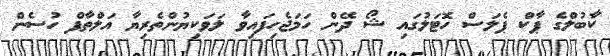
ކާބުލްގެ ޕާކް ޕެލަސް ހޮޓަލުގައި ޝޯ ދޭން ހަމަޖެހިފައިވާ ލަަވަކިޔުންތެރިޔާ އަލްތާފް ހުސެން